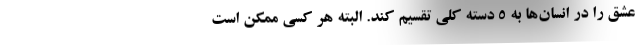
عشق را در انسان‌ها به ۵ دسته کلی تقسیم کند. البته هر کسی ممکن است